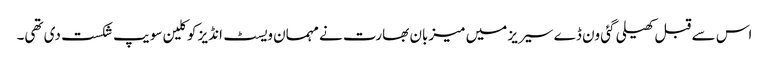
اس سے قبل کھیلی گئی ون ڈے سیریز میں میزبان بھارت نے مہمان ویسٹ انڈیز کو کلین سویپ شکست دی تھی۔